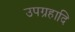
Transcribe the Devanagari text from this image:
उपग्रहादि